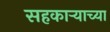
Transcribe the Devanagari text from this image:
सहकार्‍याच्या